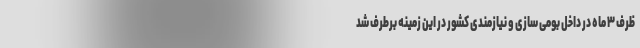
ظرف ۳ ماه در داخل بومی سازی و نیازمندی کشور در این زمینه برطرف شد